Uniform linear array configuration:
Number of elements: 8
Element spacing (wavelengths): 0.75
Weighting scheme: blackman
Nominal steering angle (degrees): -60
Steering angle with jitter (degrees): -58.008
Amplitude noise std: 0.05
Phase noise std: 0.05

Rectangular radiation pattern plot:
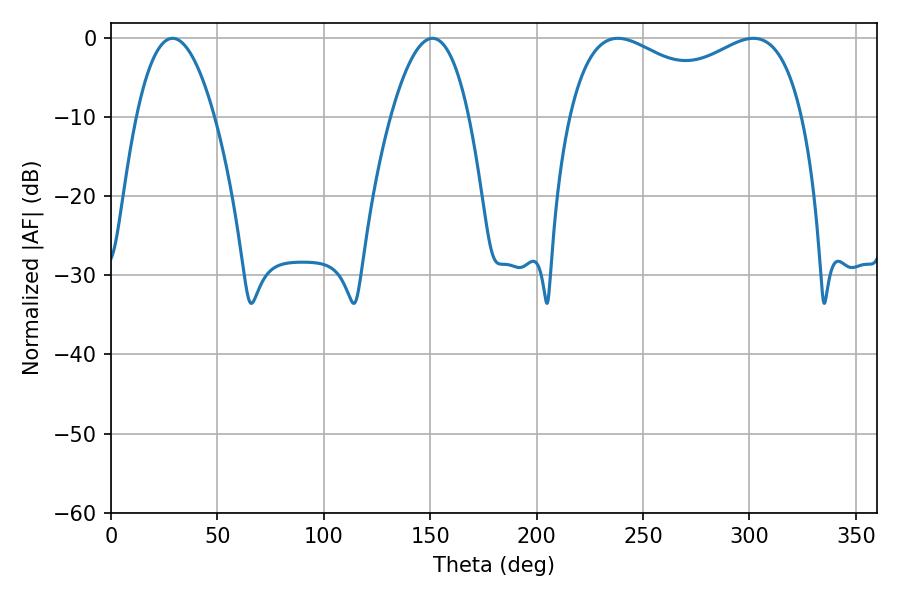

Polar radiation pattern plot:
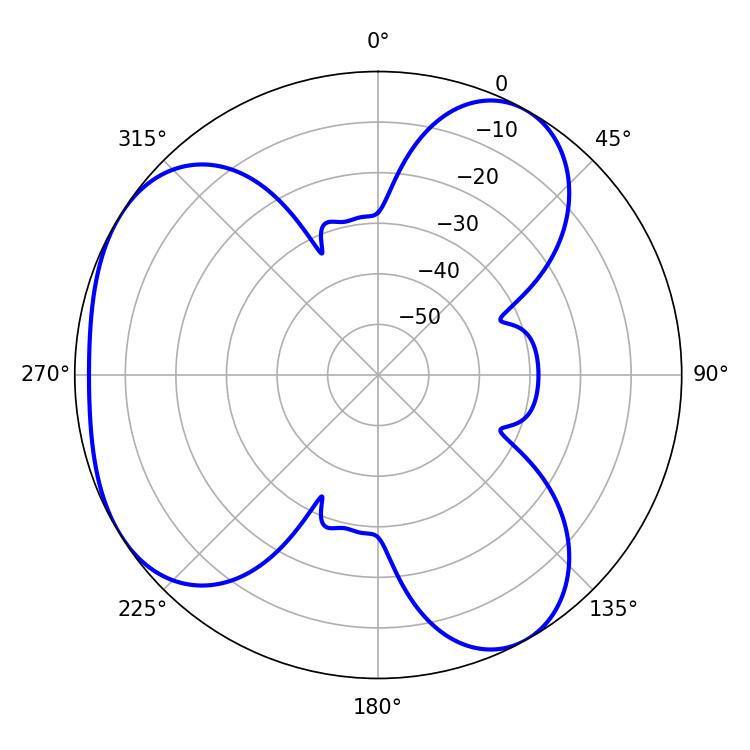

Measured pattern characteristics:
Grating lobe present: TRUE
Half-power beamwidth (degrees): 91.44
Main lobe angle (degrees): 238.14